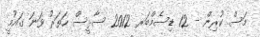
މަސް ކުރިން - 12 ޑިސެމްބަރ 2012 ސާޅީސް ހަތަރު ވަނަ ގައުމީ